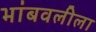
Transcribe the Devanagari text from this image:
भांबवलीला